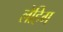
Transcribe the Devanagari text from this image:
लेहिग